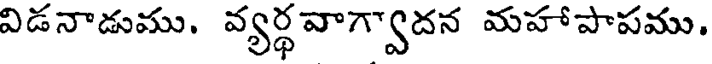
విడనాడుము. వ్యర్థవాగ్వాదన మహాపాపము.